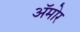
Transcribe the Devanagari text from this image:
अॅमोर